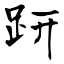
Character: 趼